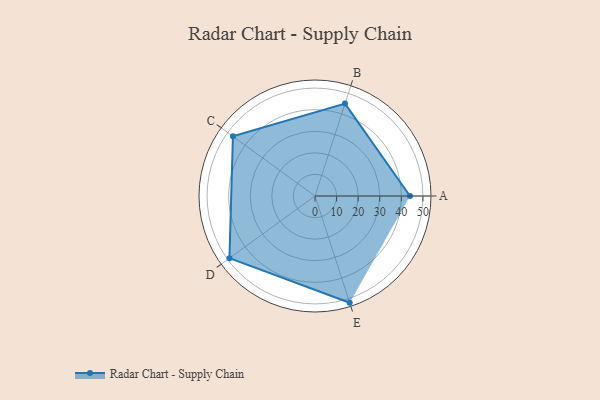
{"axis": {"x": "Skill", "y": "Score"}, "legend": ["Profile"], "data": [{"x": "A", "y": 44.0, "type": "Profile"}, {"x": "B", "y": 45.0, "type": "Profile"}, {"x": "C", "y": 47.0, "type": "Profile"}, {"x": "D", "y": 49.0, "type": "Profile"}, {"x": "E", "y": 52.0, "type": "Profile"}]}